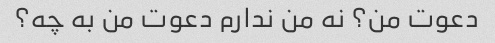
دعوت من؟ نه من ندارم دعوت من به چه؟